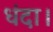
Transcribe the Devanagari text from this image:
धंदा।